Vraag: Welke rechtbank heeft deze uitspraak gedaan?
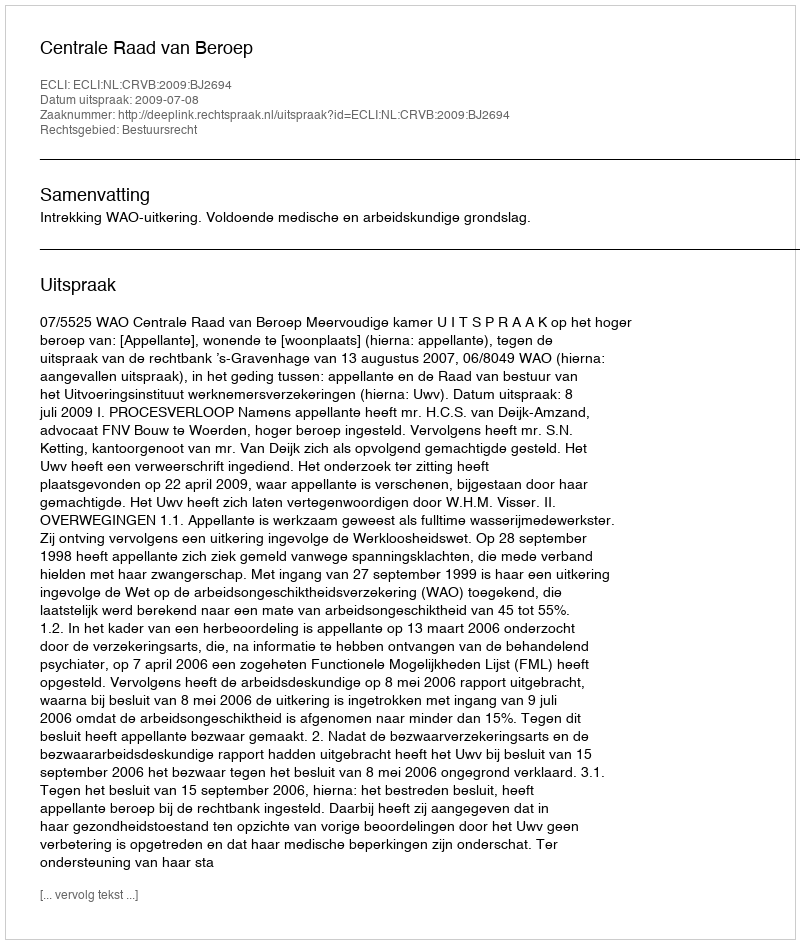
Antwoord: Centrale Raad van Beroep